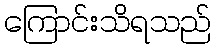
ကြောင်းသိရသည်